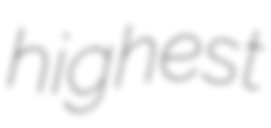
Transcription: highest